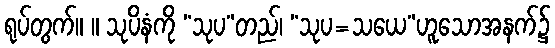
ရုပ်တွက်။ ။ သုပိနံကို “သုပ”တည်၊ “သုပ=သယေ”ဟူသောအနက်၌